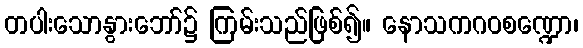
တပါးသောနွားဘော်၌ ကြမ်းသည်ဖြစ်၍။ နောသကဂဝစဏ္ဍော၊